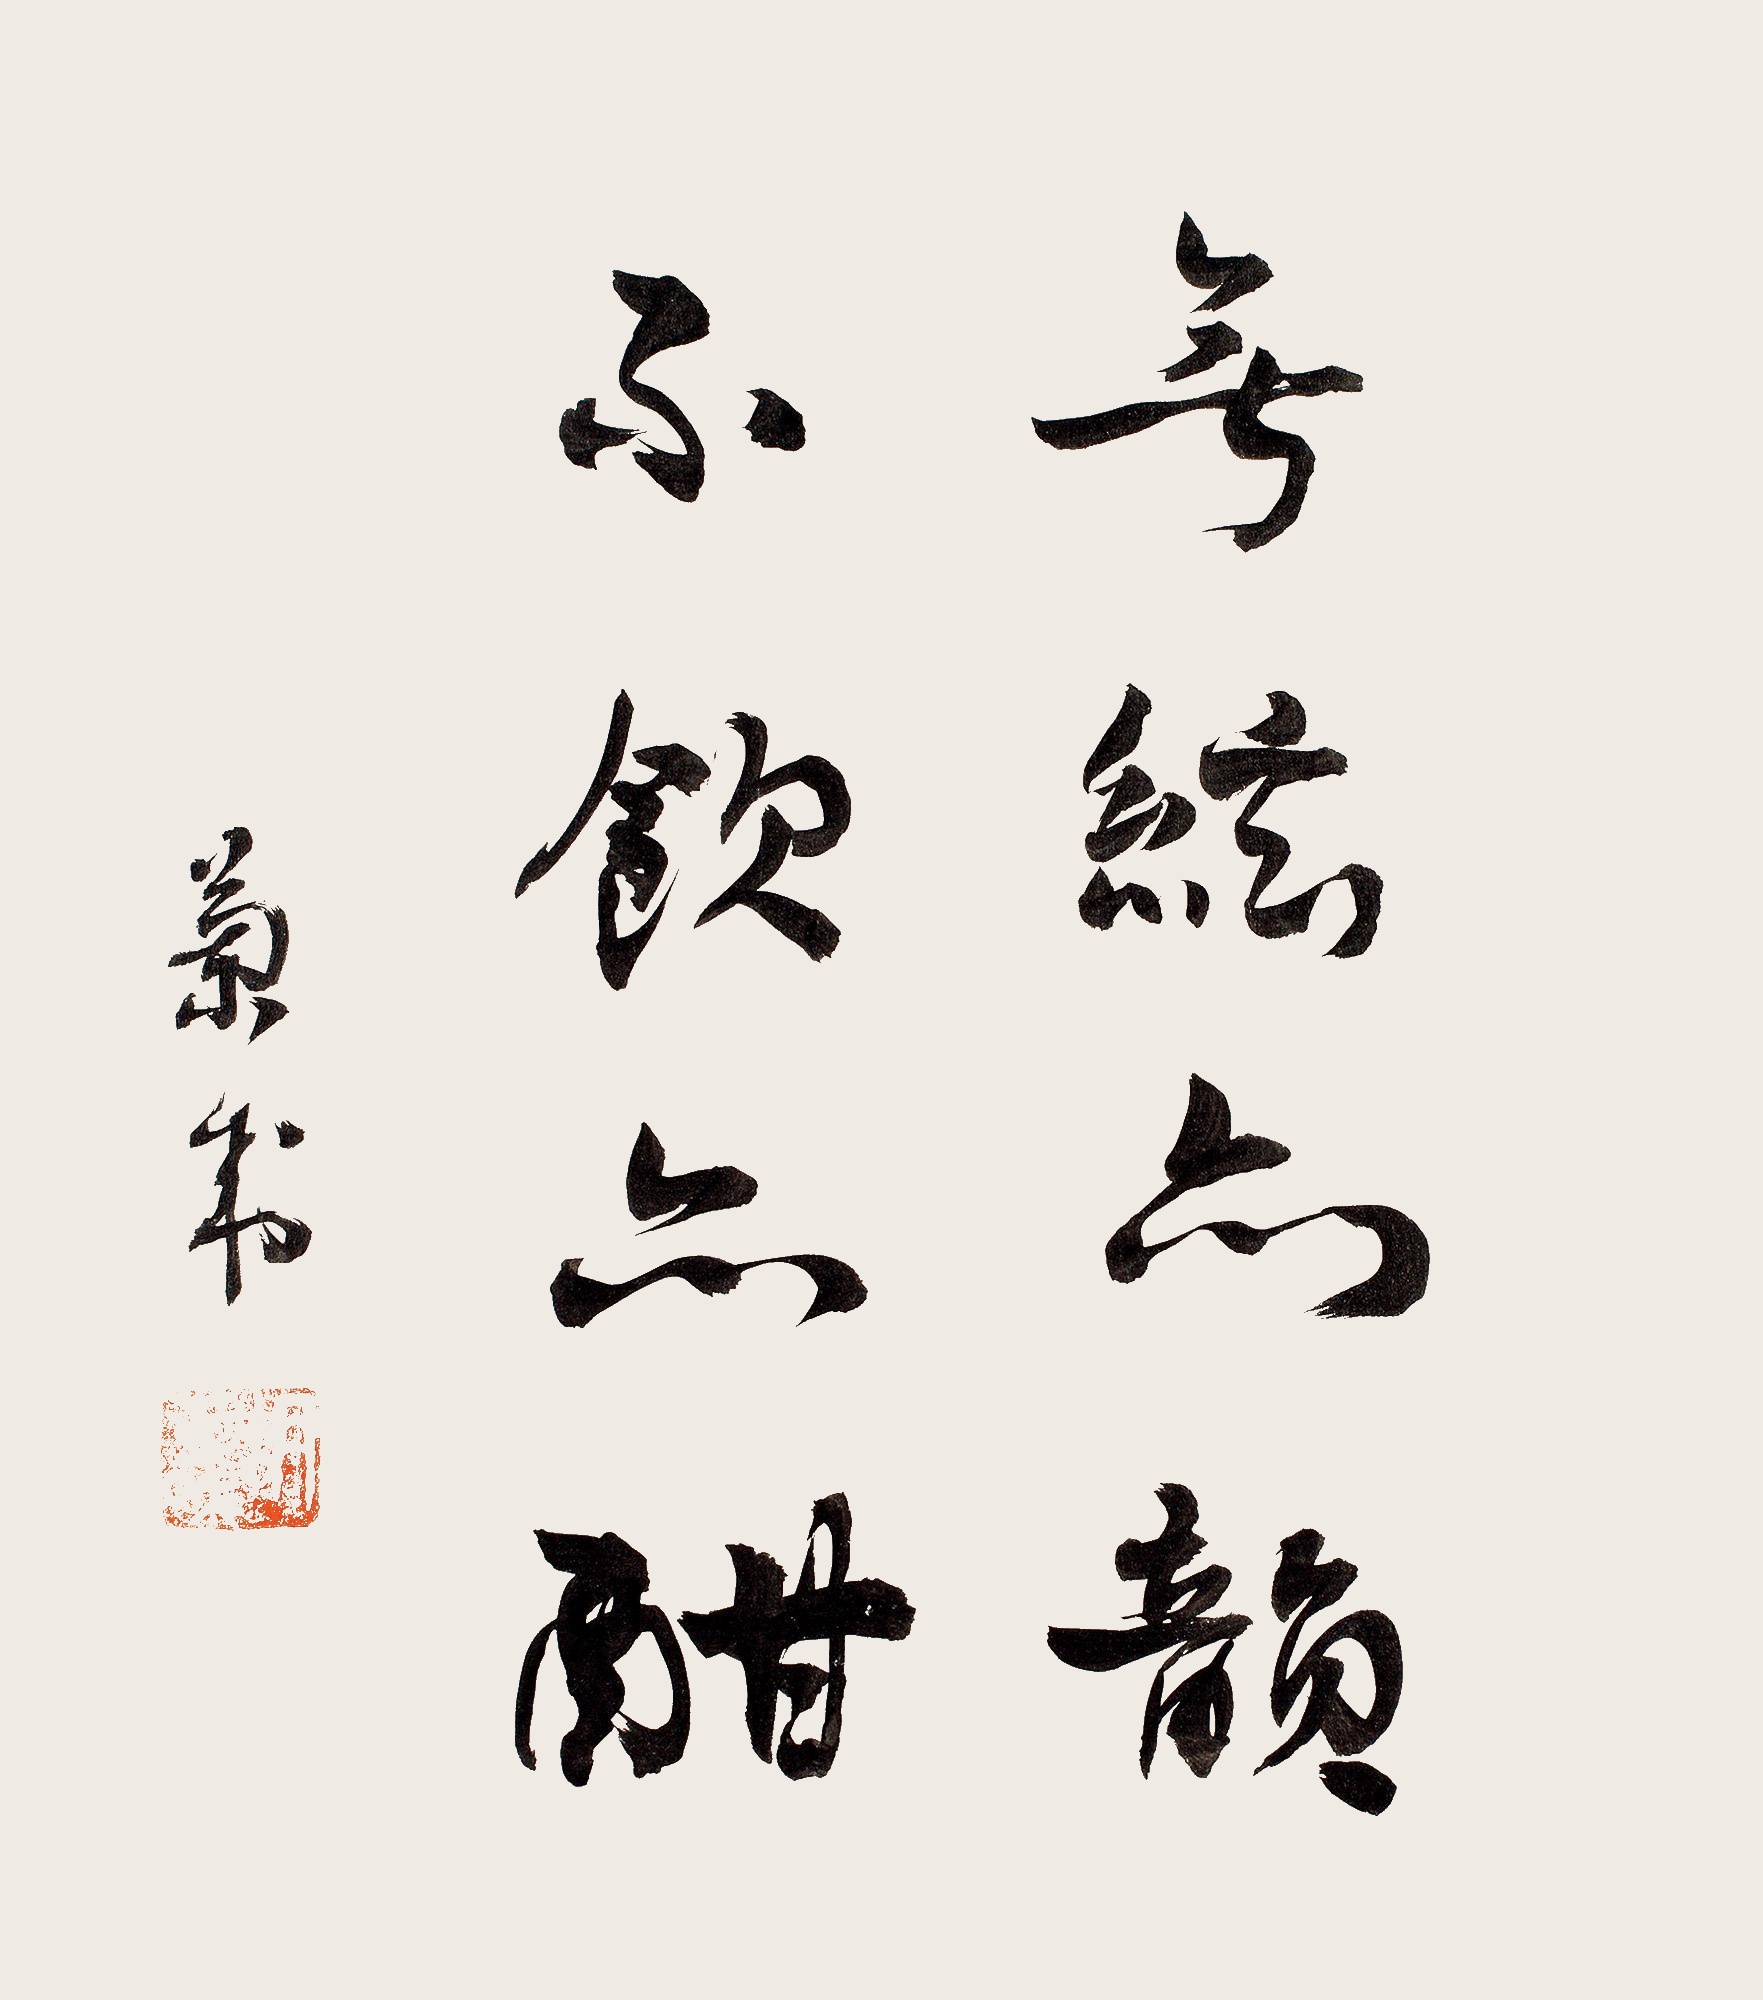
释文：无弦亦韵不饮亦酣。兰成。